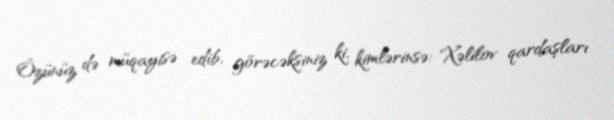
Özünüz də müqayisə edib, görəcəksiniz ki, kimlərinsə: "Xəlilov qardaşları